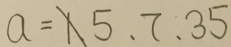
a = 1 5 、 7 、 3 5